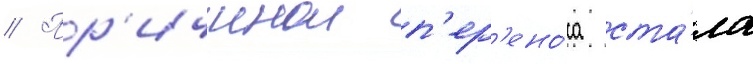
// Пр'ичинои п'ер'ено́са ста́ла